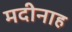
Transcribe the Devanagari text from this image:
मदीनाह